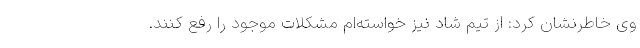
وی خاطرنشان کرد: از تیم شاد نیز خواسته‌ام مشکلات موجود را رفع کنند.